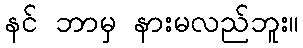
နင် ဘာမှ နားမလည်ဘူး။